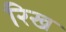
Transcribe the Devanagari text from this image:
रिख